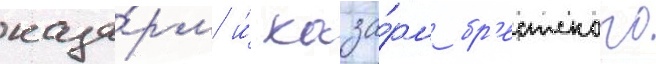
каза́рм и́ каза́рм бр'естского